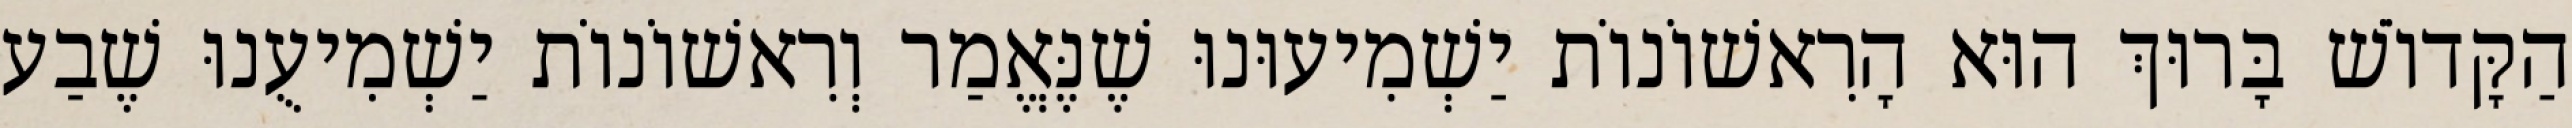
הַקָּדוֹשׁ בָּרוּךְ הוּא הָרִאשׁוֹנוֹת יַשְׁמִיעוּנוּ שֶׁנֶּאֱמַר וְרִאשׁוֹנוֹת יַשְׁמִיעֻנוּ שֶׁבַע